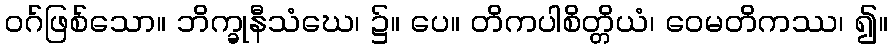
ဝဂ်ဖြစ်သော။ ဘိက္ခုနီသံဃေ၊ ၌။ ပေ။ တိကပါစိတ္တိယံ၊ ဝေမတိကဿ၊ ၍။